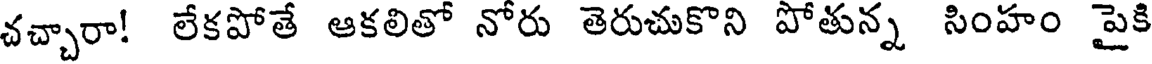
చచ్చారా! లేకపోతే ఆకలితో నోరు తెరుచుకొని పోతున్న సింహం పైకి